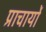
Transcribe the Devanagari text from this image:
प्राचार्यों